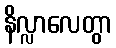
နိလ္လာလေတွာ